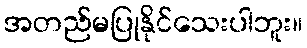
အတည်မပြုနိုင်သေးပါဘူး။